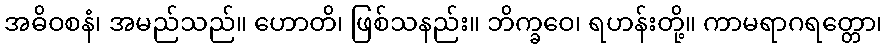
အဓိဝစနံ၊ အမည်သည်။ ဟောတိ၊ ဖြစ်သနည်း။ ဘိက္ခဝေ၊ ရဟန်းတို့။ ကာမရာဂရတ္တော၊